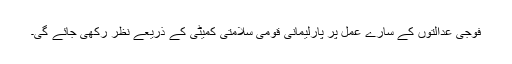
فوجی عدالتوں کے سارے عمل پر پارلیمانی قومی سلامتی کمیٹی کے ذریعے نظر رکھی جائے گی۔